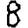
Digit: 8